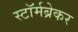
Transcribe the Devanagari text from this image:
स्टॉर्मब्रेकर